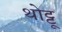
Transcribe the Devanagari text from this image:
थोट्टू